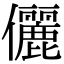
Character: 儷